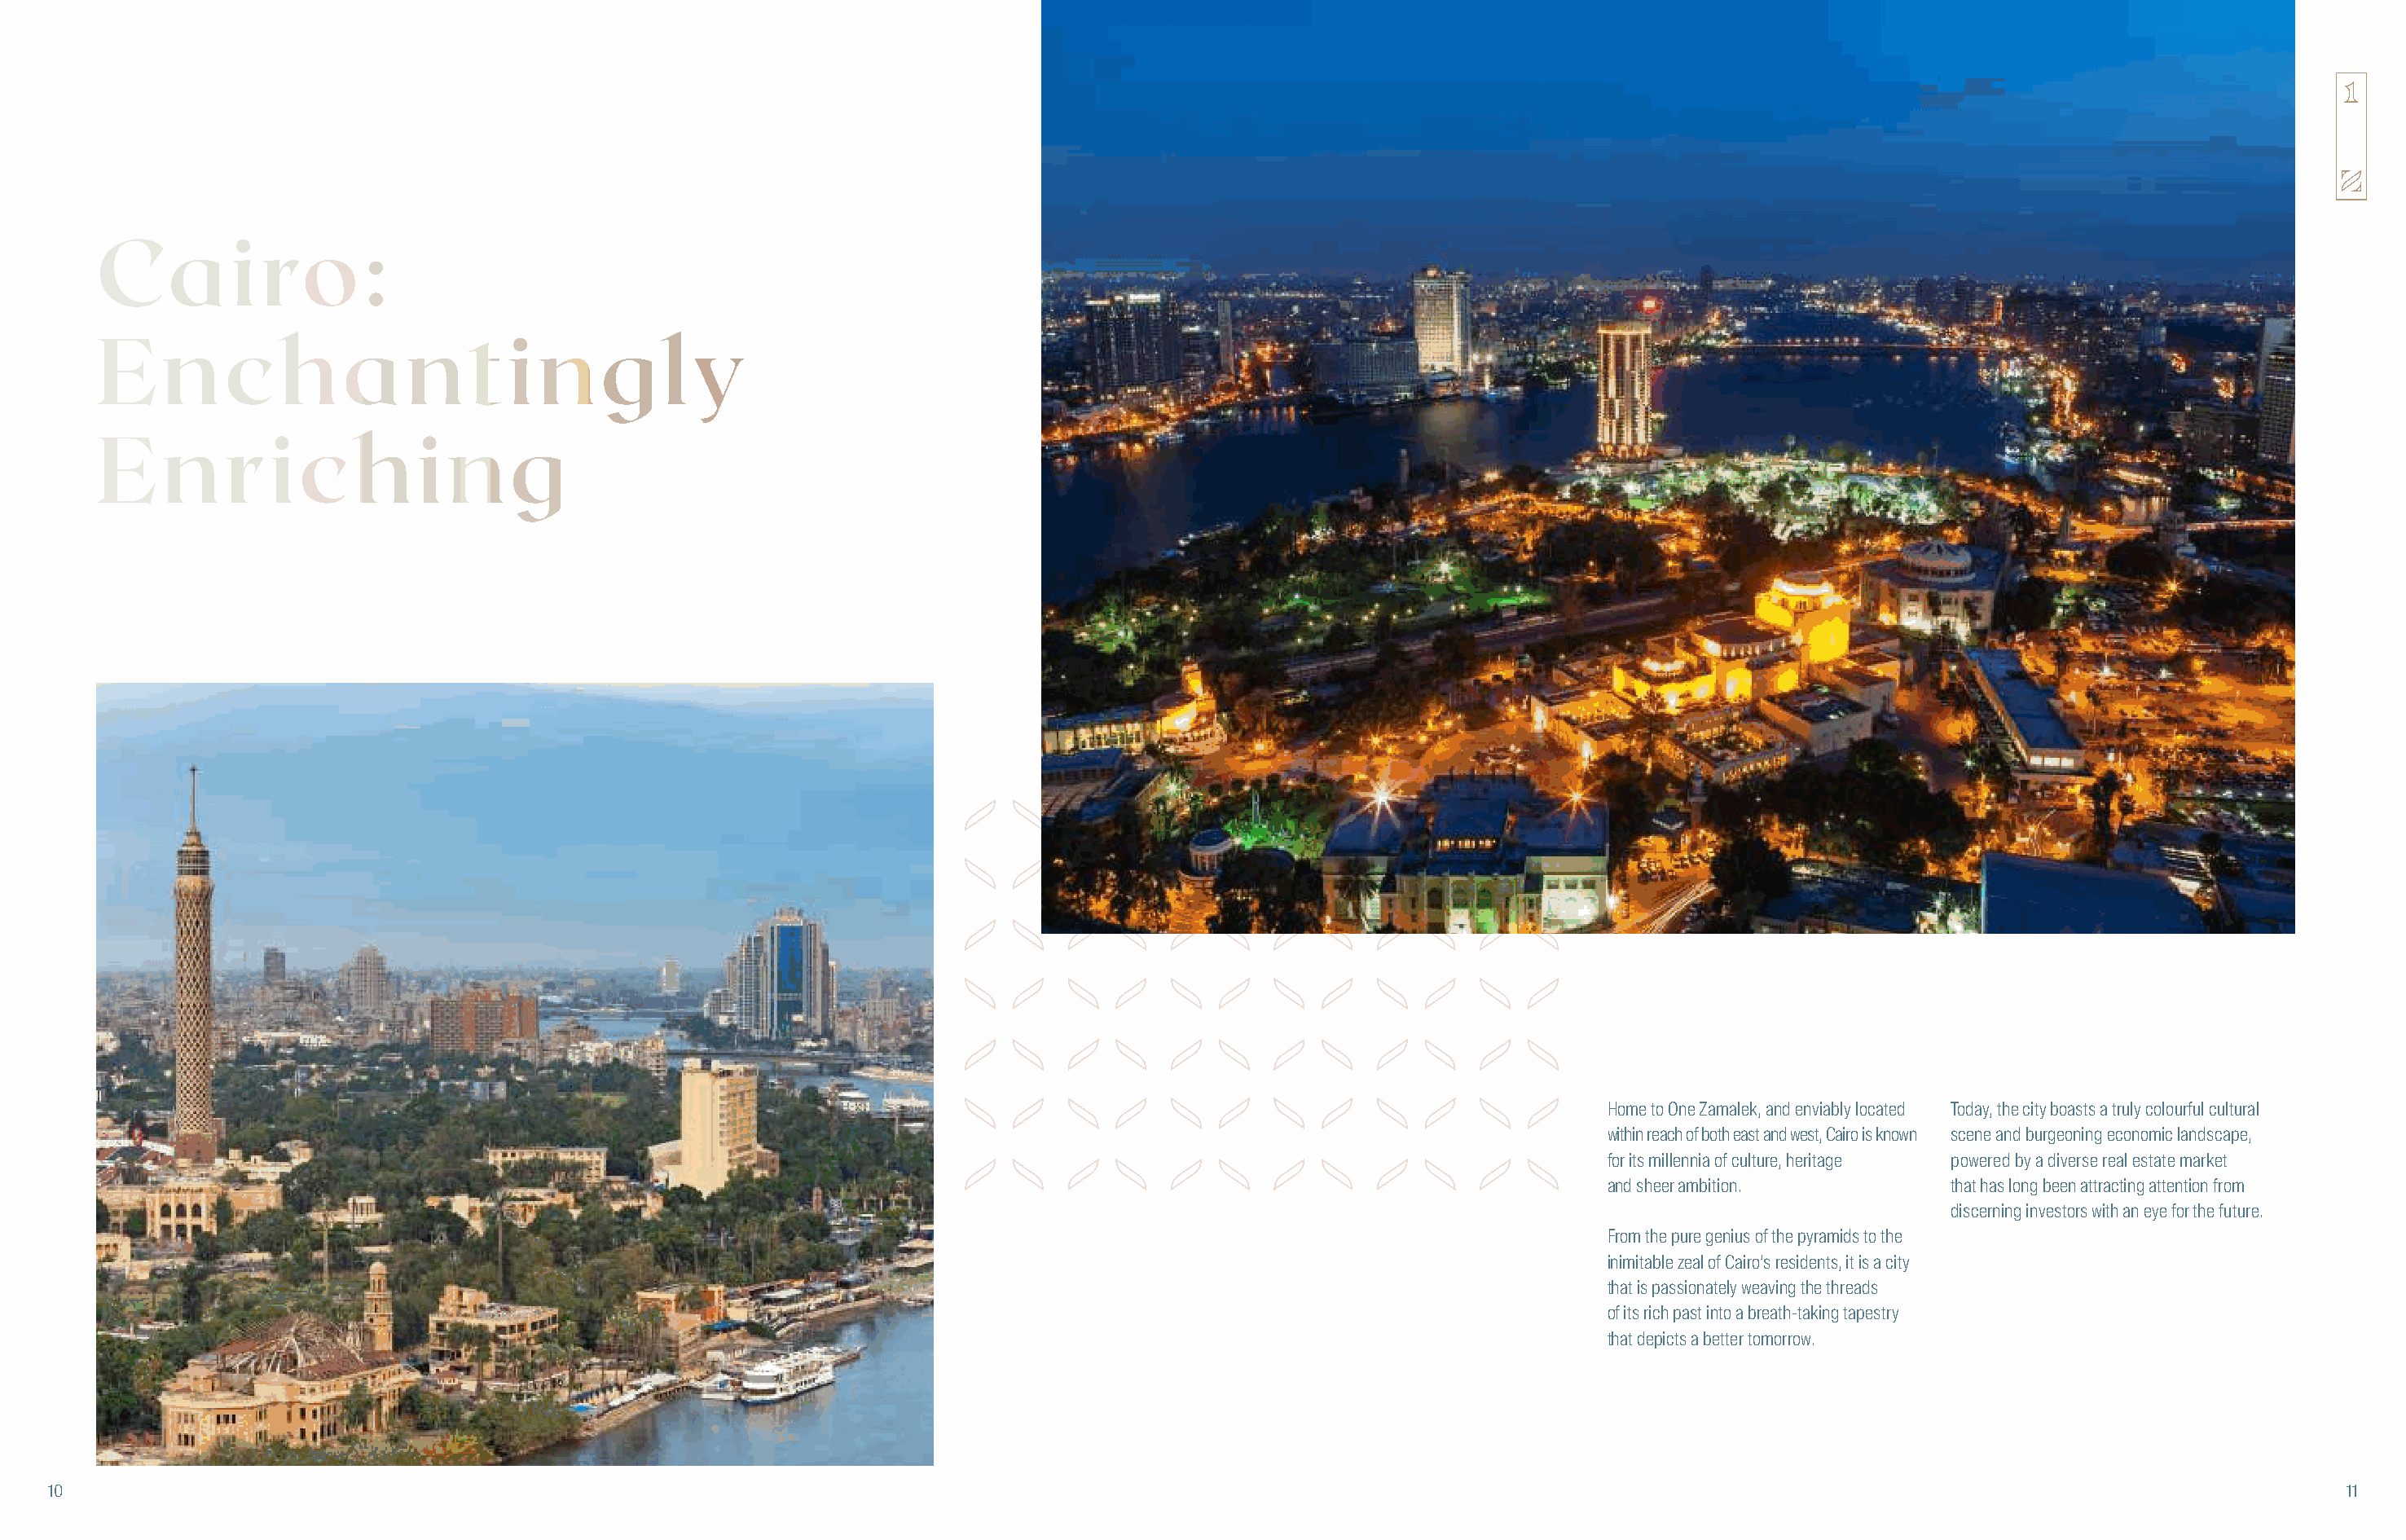
Cairo:
 Enchantingly
 Enriching
 Home to One Zamalek, and enviably located Today, the city boasts a truly colourful cultural
 within reach of both east and west, Cairo is known scene and burgeoning economic landscape,
 for its millennia of culture, heritage powered by a diverse real estate market
 and sheer ambition.         that has long been attracting attention from
 discerning investors with an eye for the future.
 From the pure genius of the pyramids to the
 inimitable zeal of Cairo’s residents, it is a city
 that is passionately weaving the threads
 of its rich past into a breath-taking tapestry
 that depicts a better tomorrow.
 1100                                                                                                                                                                                       1111